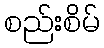
စည်းစိမ်